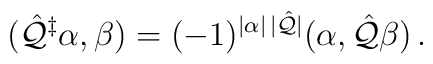
(\hat{\cal Q}^\ddagger \alpha, \beta) = (-1)^{|\alpha| \,|\hat{\cal Q}|} (\alpha, \hat{\cal Q} \beta) \,.